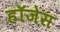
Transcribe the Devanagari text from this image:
हॉजेस